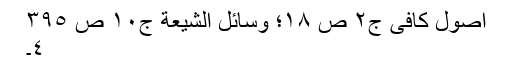
اصول کافی ج٢ ص ١٨؛ وسائل الشیعة ج١٠ ص ٣٩٥
٤۔